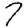
Digit: 7